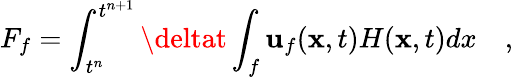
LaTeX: F_{f}=\int_{t^{n}}^{t^{n+1}}\deltat\int_{f}\mathbf{u}_{f}(\mathbf{{x}},t)H(\mathbf{{x}},t)dx\quad,